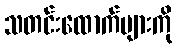
သတင်းထောက်များကို